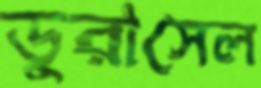
ডুরাসেল